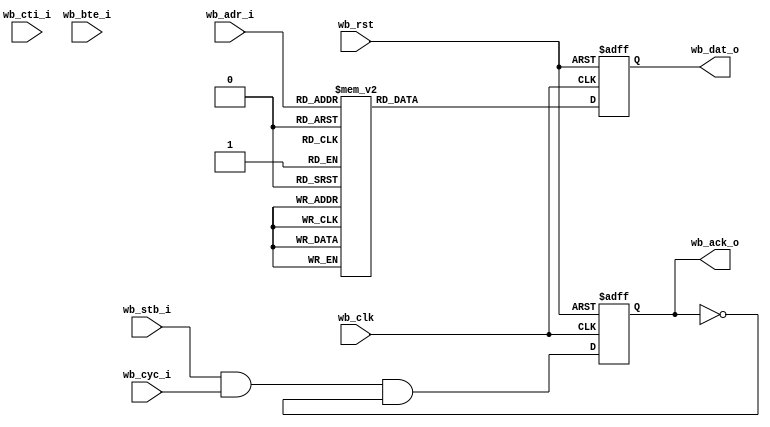
//////////////////////////////////////////////////////////////////////
////                                                              ////
////  ROM                                                         ////
////                                                              ////
////  Author(s):                                                  ////
////      - Michael Unneback (unneback@opencores.org)             ////
////      - Julius Baxter    (julius@opencores.org)               ////
////                                                              ////
//////////////////////////////////////////////////////////////////////
////                                                              ////
//// Copyright (C) 2009 Authors                                   ////
////                                                              ////
//// This source file may be used and distributed without         ////
//// restriction provided that this copyright statement is not    ////
//// removed from the file and that any derivative work contains  ////
//// the original copyright notice and the associated disclaimer. ////
////                                                              ////
//// This source file is free software; you can redistribute it   ////
//// and/or modify it under the terms of the GNU Lesser General   ////
//// Public License as published by the Free Software Foundation; ////
//// either version 2.1 of the License, or (at your option) any   ////
//// later version.                                               ////
////                                                              ////
//// This source is distributed in the hope that it will be       ////
//// useful, but WITHOUT ANY WARRANTY; without even the implied   ////
//// warranty of MERCHANTABILITY or FITNESS FOR A PARTICULAR      ////
//// PURPOSE.  See the GNU Lesser General Public License for more ////
//// details.                                                     ////
////                                                              ////
//// You should have received a copy of the GNU Lesser General    ////
//// Public License along with this source; if not, download it   ////
//// from http://www.opencores.org/lgpl.shtml                     ////
////                                                              ////
//////////////////////////////////////////////////////////////////////

module rom
  #(parameter addr_width = 5,
    parameter b3_burst   = 0)
   (
    input 		       wb_clk,
    input 		       wb_rst,
    input [(addr_width+2)-1:2] wb_adr_i,
    input 		       wb_stb_i,
    input 		       wb_cyc_i,
    input [2:0] 	       wb_cti_i,
    input [1:0] 	       wb_bte_i,	
    output reg [31:0] 	       wb_dat_o,
    output reg 		       wb_ack_o);
   
   reg [addr_width-1:0] 	    adr;

   always @ (posedge wb_clk or posedge wb_rst)
     if (wb_rst)
       wb_dat_o <= 32'h15000000;
     else
       case (wb_adr_i)
0 : wb_dat_o <=  32'h18609100;
1 : wb_dat_o <=  32'h9c8000ff;
2 : wb_dat_o <=  32'hd8032000;
3 : wb_dat_o <=  32'hd8032001;
4 : wb_dat_o <=  32'h18e00010;
5 : wb_dat_o <=  32'ha8e70000;
6 : wb_dat_o <=  32'h9c800000;
7 : wb_dat_o <=  32'hd8032000;
8 : wb_dat_o <=  32'h18c00000;
9 : wb_dat_o <=  32'h9cc60001;
10 : wb_dat_o <=  32'he4063800;
11 : wb_dat_o <=  32'h0ffffffe;
12 : wb_dat_o <=  32'h15000000;
13 : wb_dat_o <=  32'h9c8000ff;
14 : wb_dat_o <=  32'hd8032000;
15 : wb_dat_o <=  32'h18c00000;
16 : wb_dat_o <=  32'h9cc60001;
17 : wb_dat_o <=  32'he4063800;
18 : wb_dat_o <=  32'h0ffffffe;
19 : wb_dat_o <=  32'h15000000;
20 : wb_dat_o <=  32'h03fffff2;
21 : wb_dat_o <=  32'h15000000;
22 : wb_dat_o <=  32'h15000000;









//	`include "software.v"
/*
	 // Zero r0 and endless loop
	 0 : wb_dat_o <= 32'h18000000;
	 1 : wb_dat_o <= 32'hA8200000;
	 2 : wb_dat_o <= 32'hA8C00100;
	 3 : wb_dat_o <= 32'h00000000;
	 4 : wb_dat_o <= 32'h15000000;

	 // Zero r0 and jump to 0x00000100
	 0 : wb_dat_o <= 32'h18000000;
	 1 : wb_dat_o <= 32'hA8200000;
	 2 : wb_dat_o <= 32'hA8C00100;
	 3 : wb_dat_o <= 32'h44003000;
	 4 : wb_dat_o <= 32'h15000000;
 */
	 default:
	   wb_dat_o <= 32'h00000000;
       endcase // case (wb_adr_i)

generate
if(b3_burst) begin : gen_b3_burst
   reg 				    wb_stb_i_r;
   reg 				    new_access_r;   
   reg 				    burst_r;
	 
   wire burst      = wb_cyc_i & (!(wb_cti_i == 3'b000)) & (!(wb_cti_i == 3'b111));
   wire new_access = (wb_stb_i & !wb_stb_i_r);
   wire new_burst  = (burst & !burst_r);

   always @(posedge wb_clk) begin
     new_access_r <= new_access;
     burst_r      <= burst;
     wb_stb_i_r   <= wb_stb_i;
   end
   
   
   always @(posedge wb_clk)
     if (wb_rst)
       adr <= 0;
     else if (new_access)
       // New access, register address, ack a cycle later
       adr <= wb_adr_i[(addr_width+2)-1:2];
     else if (burst) begin
	if (wb_cti_i == 3'b010)
	  case (wb_bte_i)
	    2'b00: adr <= adr + 1;
	    2'b01: adr[1:0] <= adr[1:0] + 1;
	    2'b10: adr[2:0] <= adr[2:0] + 1;
	    2'b11: adr[3:0] <= adr[3:0] + 1;
	  endcase // case (wb_bte_i)
	else
	  adr <= wb_adr_i[(addr_width+2)-1:2];
     end // if (burst)
   
   
   always @(posedge wb_clk)
     if (wb_rst)
       wb_ack_o <= 0;
     else if (wb_ack_o & (!burst | (wb_cti_i == 3'b111)))
       wb_ack_o <= 0;
     else if (wb_stb_i & ((!burst & !new_access & new_access_r) | (burst & burst_r)))
       wb_ack_o <= 1;
     else
       wb_ack_o <= 0;

     end else begin
	always @(wb_adr_i)
	  adr <= wb_adr_i;
	
	always @ (posedge wb_clk or posedge wb_rst)
	  if (wb_rst)
	    wb_ack_o <= 1'b0;
	  else
	    wb_ack_o <= wb_stb_i & wb_cyc_i & !wb_ack_o;
	
     end
endgenerate   
endmodule